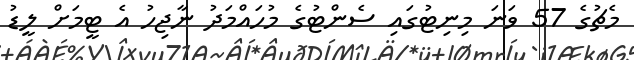
މެޗުގެ 57 ވަނަ މިނިޓުގައި ސެންޓުގެ މުހައްމަދު ނާޖިހު އެ ޓީމަށް ލީޑު